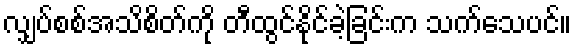
လျှပ်စစ်အသိစိတ်ကို တီထွင်နိုင်ခဲ့ခြင်းက သက်သေပင်။